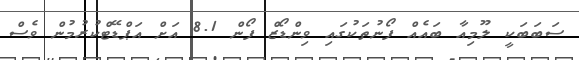
ސަބަބަކީ ލޫމިއާ ބައެއް ފޯނުތަކުގައި ވިންޑޯޒް ފޯން 8.1 އަށް އަޕްޑޭޓްކުރުމުން ވެސް